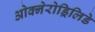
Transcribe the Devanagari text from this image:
ओक्नेरोड्रिलिडे